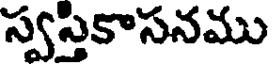
స్వస్తికాసనము